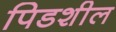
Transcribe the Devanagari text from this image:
पिडशील